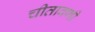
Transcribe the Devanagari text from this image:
चीतावणी